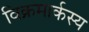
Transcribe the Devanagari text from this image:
विक्रमार्कस्य